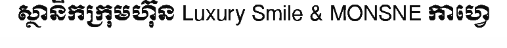
ស្ថានិកក្រុមហ៊ុន Luxury Smile & MONSNE កាហ្វេ